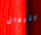
بيترمان